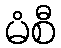
မံစီ